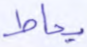
يحاط